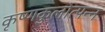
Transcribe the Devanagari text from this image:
कृष्णकुलोत्पन्न